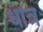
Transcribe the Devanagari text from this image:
धात्र